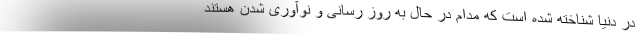
در دنیا شناخته شده است که مدام در حال به روز رسانی و نوآوری شدن هستند